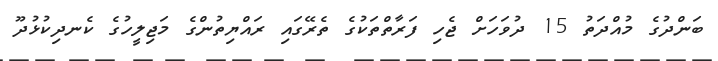
ބަންދުގެ މުއްދަތު 15 ދުވަހަށް ޖެހި ފަރާތްތަކުގެ ތެރޭގައި ރައްޔިތުންގެ މަޖިލީހުގެ ކެނދިކުޅުދޫ